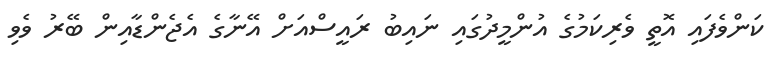
ކަންވެފައި އޮތީ ވެރިކަމުގެ އުންމީދުގައި ނައިބު ރައީސްއަށް އޭނާގެ އެޖެންޑާއިން ބޭރު ވެވި